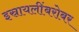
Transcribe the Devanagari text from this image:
इस्रायलींबरोबर